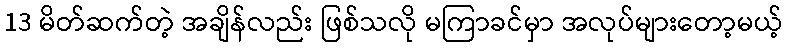
13 မိတ်ဆက်တဲ့ အချိန်လည်း ဖြစ်သလို မကြာခင်မှာ အလုပ်များတော့မယ့်